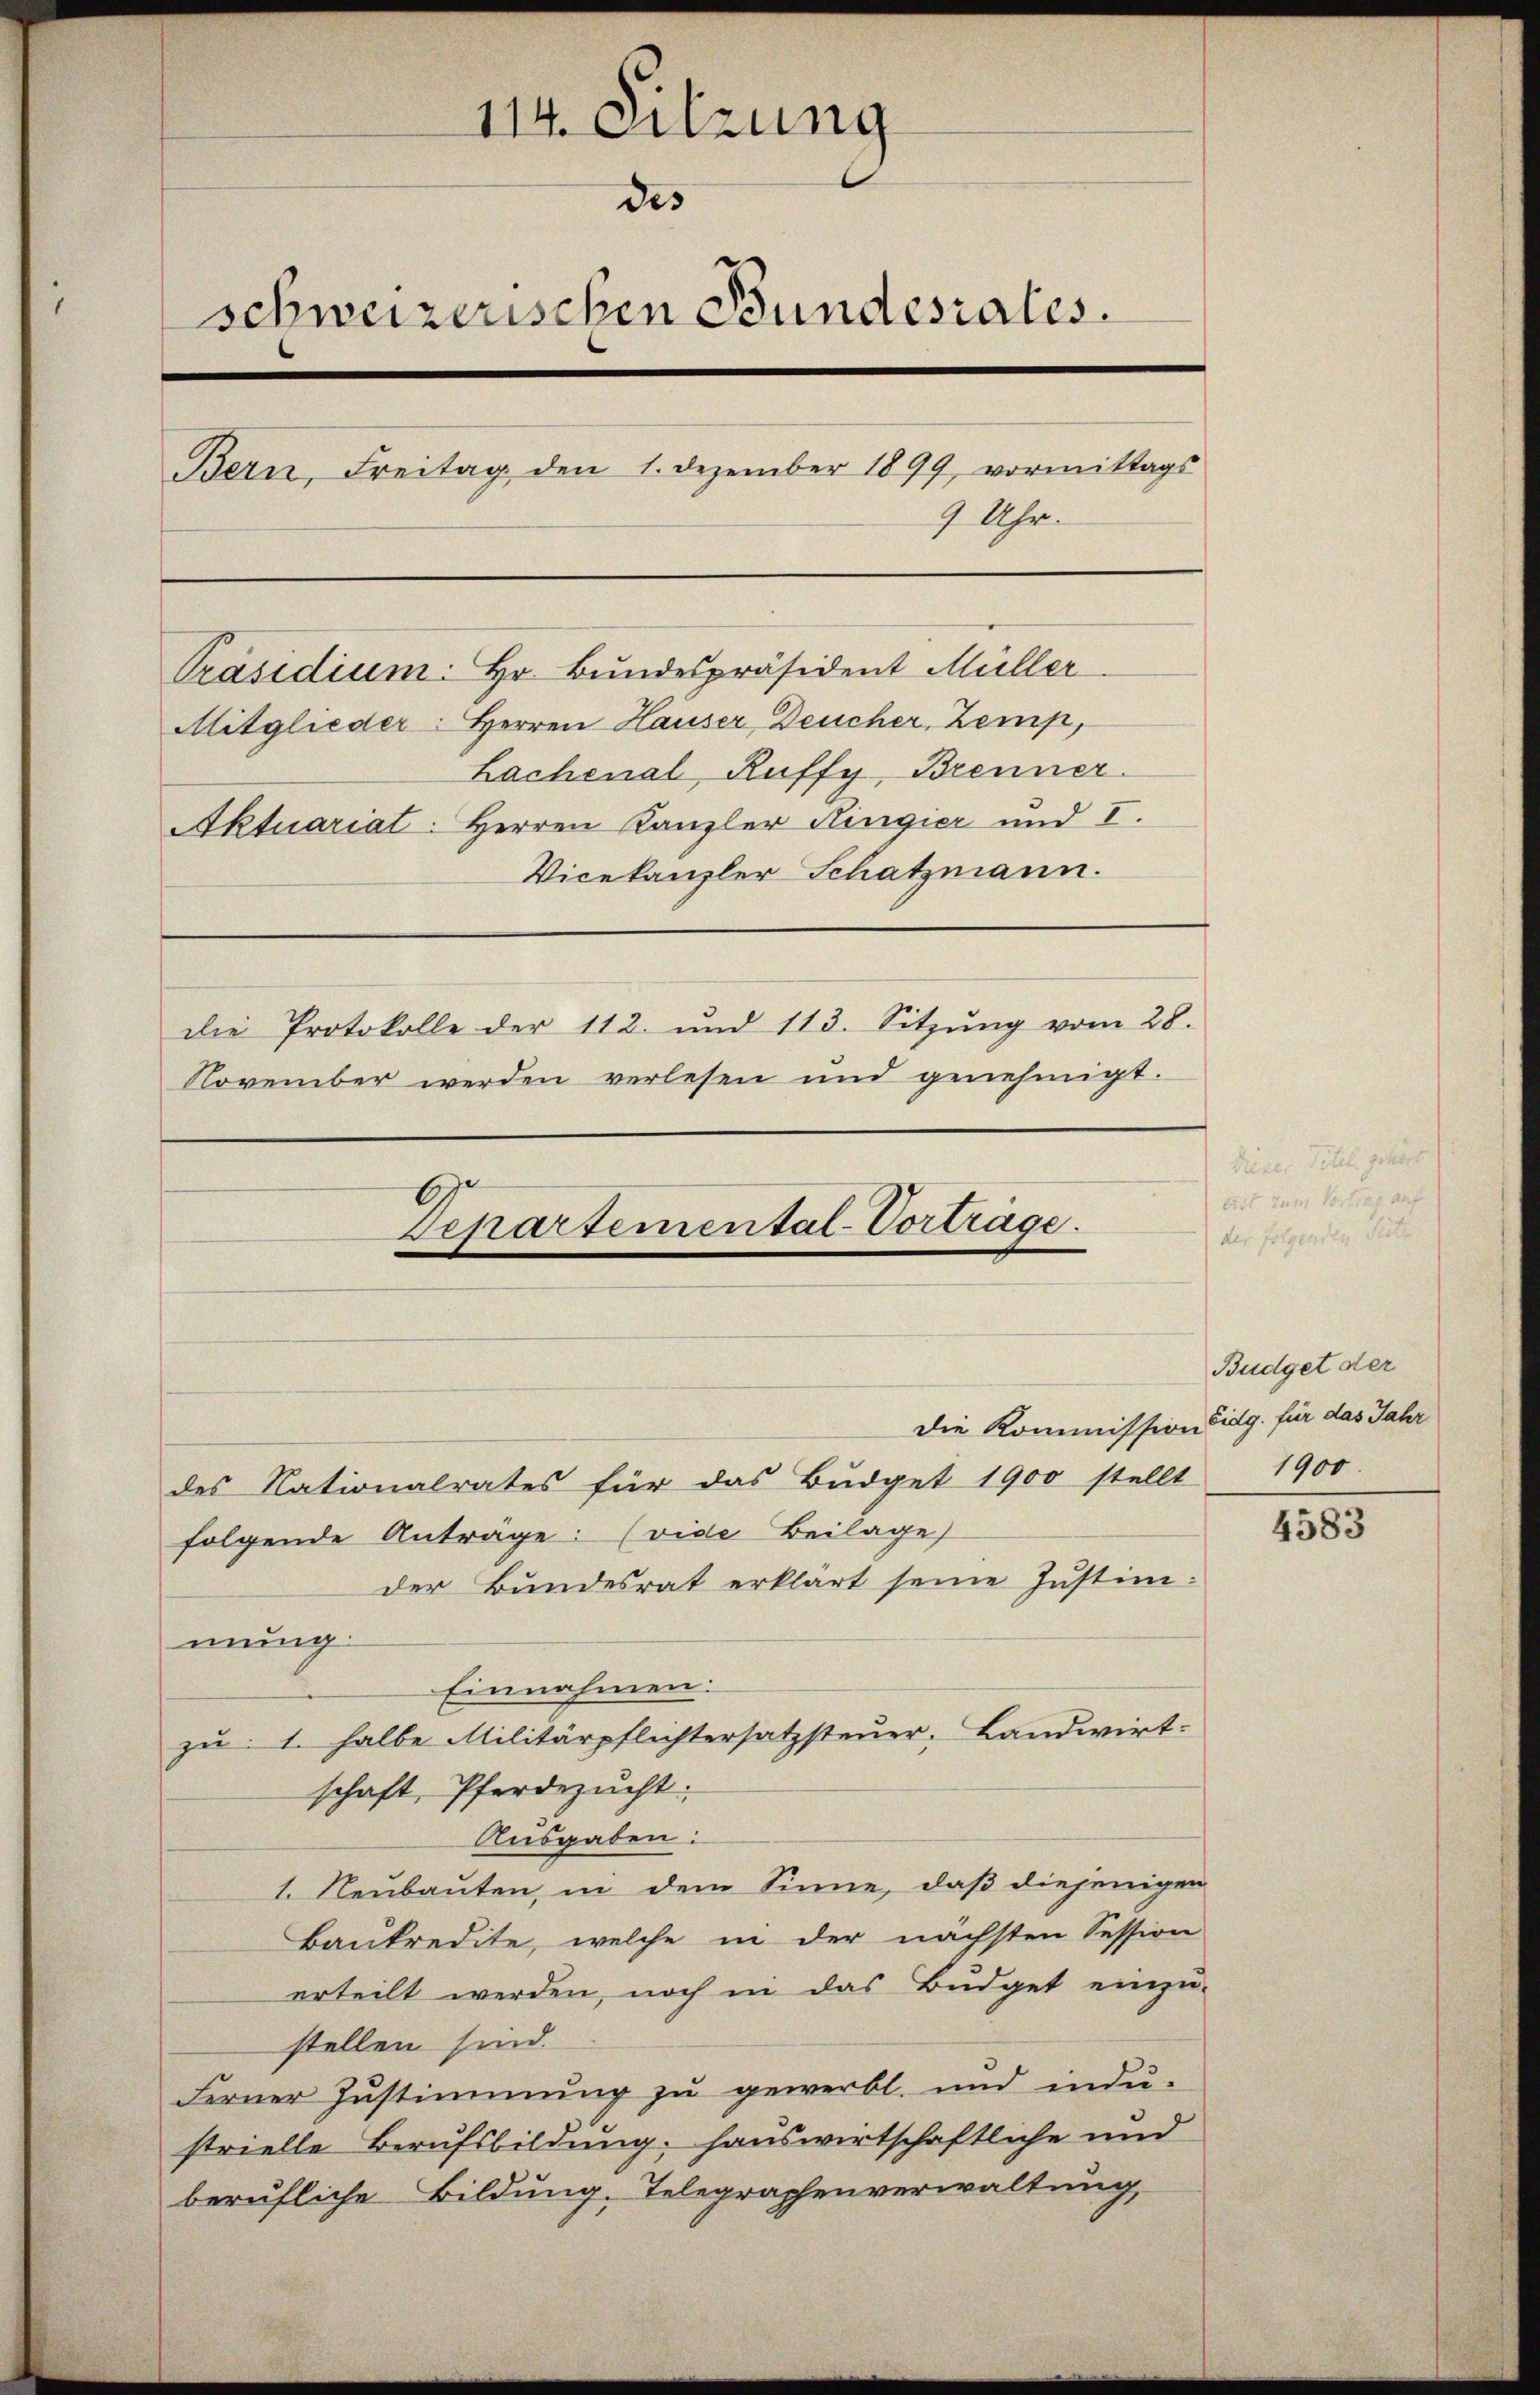
114. Sitzung
des
schweizerischen Bundesrates.
Bern, Freitag den 1. Dezember 1899, vormittags
9 Uhr.
Präsidium: Hr. Bundespräsident Müller
Mitglieder: Herren Hauser Deucher, Zemp,
Lachenal Ruffy, Brenner
Aktuariat. Herren Kanzler Ringier und I.
Vicekanzler Schatzmann.
die Protokolle der 112. und 113. Sitzŭng vom 28.
November werden verlesen und genehmigt.
Departemental-Vorträge.

des Nationalrates für das Budget 1900 stellt 1900.
folgende Anträge: (vide Beilage
der Bundesrat erklärt seine Justimmung.
Einnahmen:
zu: 1. halbe Militärpflichtersatzsteuer, Landwirt-
schaft, Pferdezucht:
Ausgaben:
1. Neubauten, in dem Sinne, daß diejenigen
Baukredite, welche in der nächsten Session
erteilt werden, noch in das Büdget einzu-
stellen sind.
Ferner Zustimmung zu gewerbt. und indu-
strielle Berufsbildung. Hauswirtschaftliche und
berufliche Bildung, Telegraphenverwaltung

Budget der
Die Kommission Eidg. für das Jahr

4583